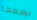
نواجهها